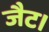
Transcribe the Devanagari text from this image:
जैट।